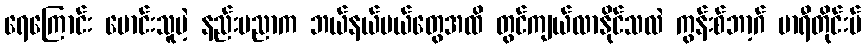
ရေကြောင်း မောင်းသူမဲ့ နည်းပညာက ဘယ်နယ်ပယ်တွေအထိ တွင်ကျယ်လာနိုင်သလဲ ကွန်းစ်ဘာ့ဂ် မာရီတိုင်းမ်